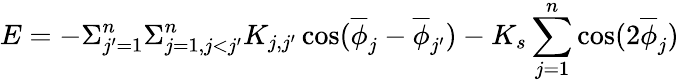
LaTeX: E=-\Sigma_{j^{\prime}=1}^{n}\Sigma_{j=1,j<j^{\prime}}^{n}K_{j,j^{\prime}}\cos(\overline{{\phi}}_{j}-\overline{{\phi}}_{j^{\prime}})-K_{s}\sum_{j=1}^{n}\cos(2\overline{{\phi}}_{j})